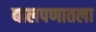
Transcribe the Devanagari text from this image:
बालपणातला